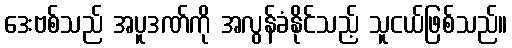
ဒေးဗစ်သည် အပူဒဏ်ကို အလွန်ခံနိုင်သည့် သူငယ်ဖြစ်သည်။